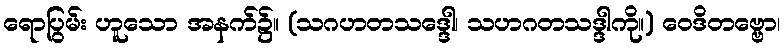
ရောပြွမ်း ဟူသော အနက်၌။ (သဂဟတသဒ္ဒေါ၊ သဟဂတသဒ္ဒါကို။) ဝေဒိတဗ္ဗော၊